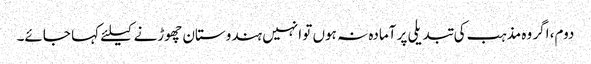
دوم، اگر وہ مذہب کی تبدیلی پر آمادہ نہ ہوں تو انہیں ہندوستان چھوڑنے کیلئے کہا جائے۔